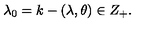
\lambda _ { 0 } = k - ( \lambda , \theta ) \in Z _ { + } .